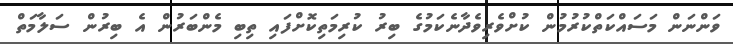
ވަންނަން މަސައްކަތްކުރުމުން ކުށްވެރިވެދާނެކަމުގެ ބިރު ކުރިމަތިކޮށްފައި ތިބި މެންބަރުން އެ ބިރުން ސަލާމަތް